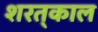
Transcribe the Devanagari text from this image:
शरत्‌काल